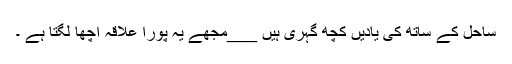
ساحل کے ساتھ کی یادیں کچھ گہری ہیں ___مجھے یہ پورا علاقہ اچھا لگتا ہے ۔